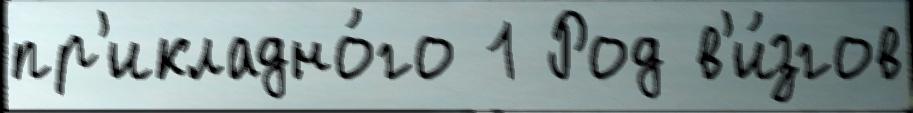
пр'икладно́го 1 Род в'и́згов